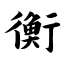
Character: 衡